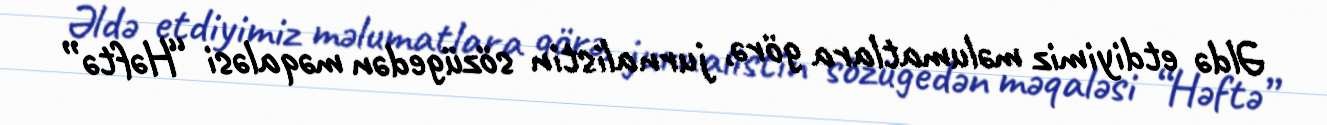
Əldə etdiyimiz məlumatlara görə, jurnalistin sözügedən məqaləsi “Həftə”